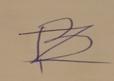
Signature authenticity: forged